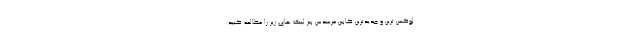
لوکس ترین و جدیدترین کابین مرسدس بنز لینک های زیر را مطالعه کنید: